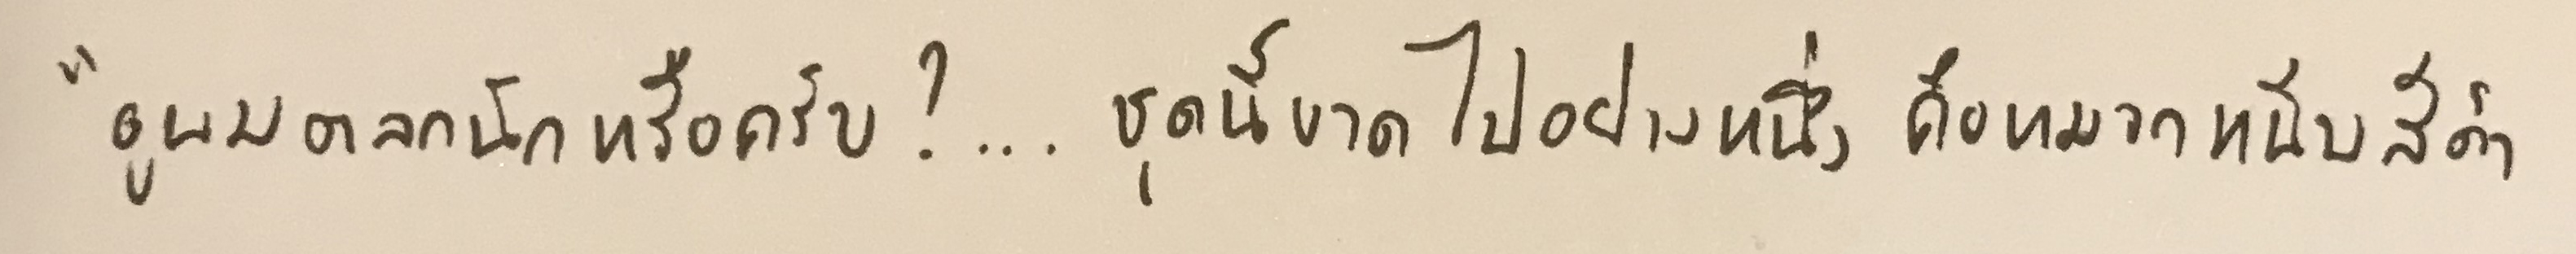
"ดูผมตลกนักหรือครับ?...ชุดนี้ขาดไปอย่างหนึ่งคือหมวกหนีบสีดำ"